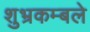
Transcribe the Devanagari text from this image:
शुभ्रकम्बले